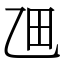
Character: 乪